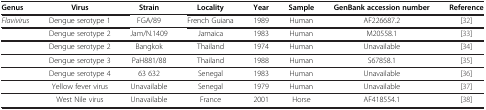
<table><thead><tr><td><b>Genus</b></td><td><b>Virus</b></td><td><b>Strain</b></td><td><b>Locality</b></td><td><b>Year</b></td><td><b>Sample</b></td><td><b>GenBank accession number</b></td><td><b>Reference</b></td></tr></thead><tbody><tr><td><i>Flavivirus</i></td><td>Dengue serotype 1</td><td>FGA/89</td><td>French Guiana</td><td>1989</td><td>Human</td><td>AF226687.2</td><td>[32]</td></tr><tr><td>[EMPTY_CELL]</td><td>Dengue serotype 2</td><td>Jam/N.1409</td><td>Jamaica</td><td>1983</td><td>Human</td><td>M20558.1</td><td>[33]</td></tr><tr><td>[EMPTY_CELL]</td><td>Dengue serotype 2</td><td>Bangkok</td><td>Thailand</td><td>1974</td><td>Human</td><td>Unavailable</td><td>[34]</td></tr><tr><td>[EMPTY_CELL]</td><td>Dengue serotype 3</td><td>PaH881/88</td><td>Thailand</td><td>1988</td><td>Human</td><td>S67858.1</td><td>[35]</td></tr><tr><td>[EMPTY_CELL]</td><td>Dengue serotype 4</td><td>63 632</td><td>Senegal</td><td>1983</td><td>Human</td><td>Unavailable</td><td>[36]</td></tr><tr><td>[EMPTY_CELL]</td><td>Yellow fever virus</td><td>Unavailable</td><td>Senegal</td><td>1979</td><td>Human</td><td>Unavailable</td><td>[37]</td></tr><tr><td>[EMPTY_CELL]</td><td>West Nile virus</td><td>Unavailable</td><td>France</td><td>2001</td><td>Horse</td><td>AF418554.1</td><td>[38]</td></tr></tbody></table>